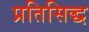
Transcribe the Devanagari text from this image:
प्रतिसिद्ध